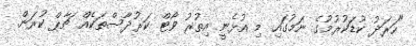
"ހަރަދު ކުޑަކުރުމުގެ ނަމުގައި މި އުޅެނީ އިތުރު ވޯޓް ކަރުދާސްތަކެއް ޗާޕް ކުރަން.